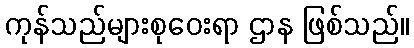
ကုန်သည်များစုဝေးရာ ဌာန ဖြစ်သည်။